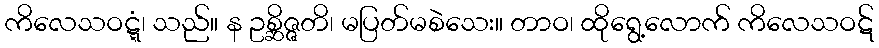
ကိလေသဝဋ္ဋံ၊ သည်။ န ဥစ္ဆိဇ္ဇတိ၊ မပြတ်မစဲသေး။ တာဝ၊ ထိုရွေ့လောက် ကိလေသဝဋ်